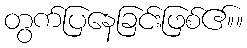
တွက်ပြနေခြင်းဖြစ်ဧ။်။